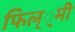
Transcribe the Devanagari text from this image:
फिल््मी